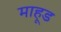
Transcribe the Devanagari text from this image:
माहूड